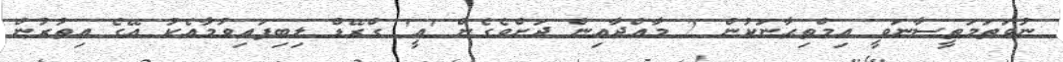
ނުވަތަމަތީސާނަވީ އިމްތިޙާނަކުން 2 މާއްދާއިން ދަށްވެގެން 'އީ' ގްރޭޑް ލިބިފަޢިވުމާއެކު އޭގެ އިތުރުން